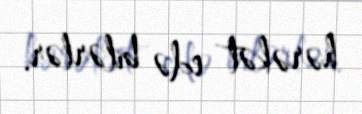
hərəkət edə bilərlər.